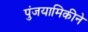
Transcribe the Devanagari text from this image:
पुंजयामिकीने